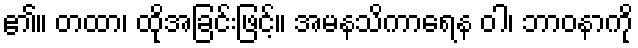
၏။ တထာ၊ ထိုအခြင်းဖြင့်။ အမနသိကာရေန ဝါ၊ ဘာဝနာကို